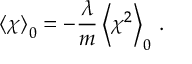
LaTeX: \left\langle \chi \right\rangle _ { 0 } = - \frac { \lambda } { m } \left\langle \chi ^ { 2 } \right\rangle _ { 0 } \, .